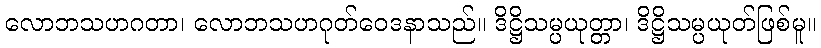
လောဘသဟဂတာ၊ လောဘသဟဂုတ်ဝေဒနာသည်။ ဒိဋ္ဌိသမ္ပယုတ္တာ၊ ဒိဋ္ဌိသမ္ပယုတ်ဖြစ်မူ။